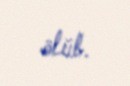
ölüb.